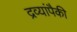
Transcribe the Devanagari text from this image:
द्रव्यांपैकी